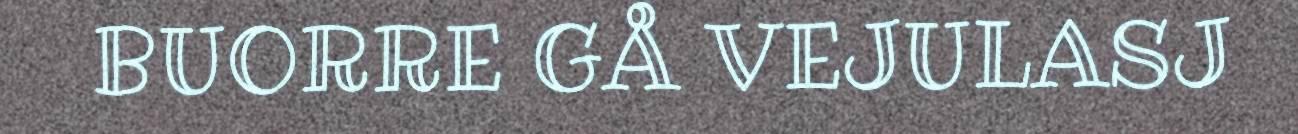
BUORRE GÅ VEJULASJ